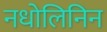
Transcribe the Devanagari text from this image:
नधोलिनिन